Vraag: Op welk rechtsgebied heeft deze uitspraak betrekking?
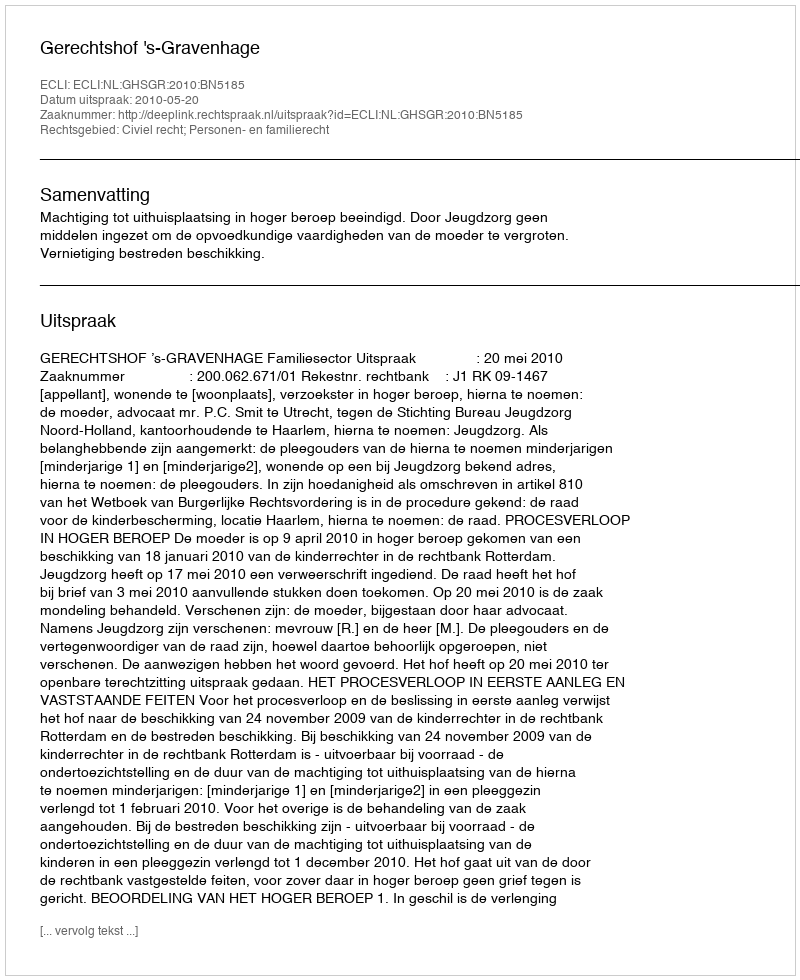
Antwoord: Civiel recht; Personen- en familierecht